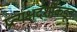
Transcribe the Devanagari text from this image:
प्रत्यक्षदर्शींकडून